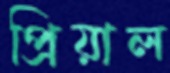
প্রিয়াল